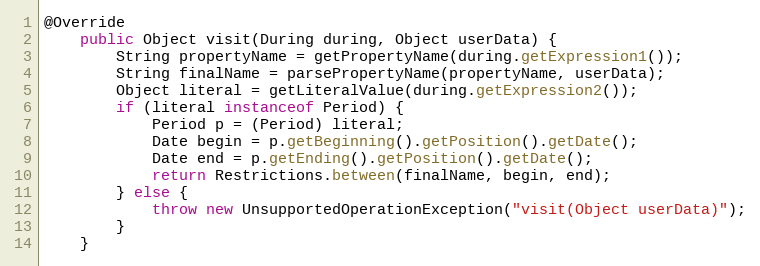
Language: Java
@Override
	public Object visit(During during, Object userData) {
		String propertyName = getPropertyName(during.getExpression1());
		String finalName = parsePropertyName(propertyName, userData);
		Object literal = getLiteralValue(during.getExpression2());
		if (literal instanceof Period) {
			Period p = (Period) literal;
			Date begin = p.getBeginning().getPosition().getDate();
			Date end = p.getEnding().getPosition().getDate();
			return Restrictions.between(finalName, begin, end);
		} else {
			throw new UnsupportedOperationException("visit(Object userData)");
		}
	}